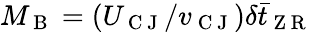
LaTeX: M_{\mathrm{~B~}}=(U_{\mathrm{~C~J~}}/v_{\mathrm{~C~J~}})\delta\bar{t}_{\mathrm{~Z~R~}}